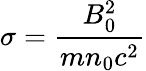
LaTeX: \displaystyle\sigma=\frac{B_{0}^{2}}{mn_{0}c^{2}}